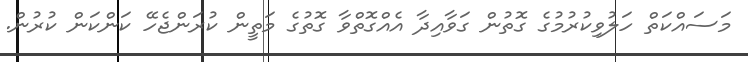
މަސައްކަތް ހަލުވިކުރުމުގެ ގޮތުން ގަވާއިދާ އެއްގޮތްވާ ގޮތުގެ މަތީން ކުރަންޖެހޭ ކަންކަން ކުރުން.